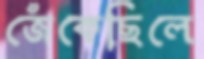
জেঁকেছিলে